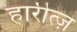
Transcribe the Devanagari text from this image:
हारीत्ज़